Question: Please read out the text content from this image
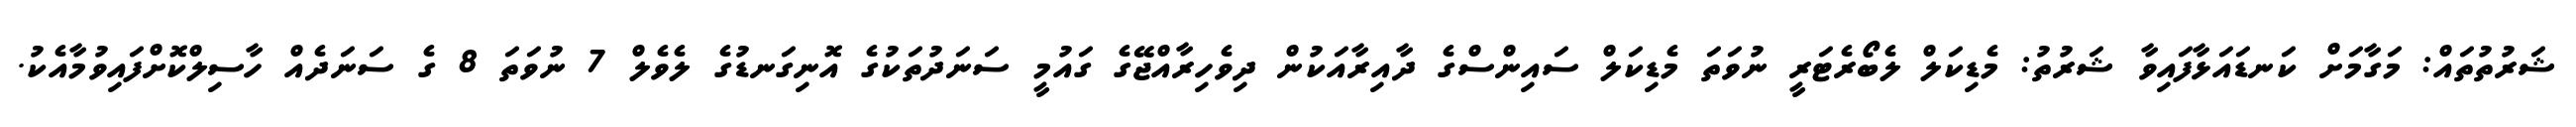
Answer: ޝަރުތުތައް: މަގާމަށް ކަނޑައަޅާފައިވާ ޝަރުތު: މެޑިކަލް ލެބޯރެޓަރީ ނުވަތަ މެޑިކަލް ސައިންސްގެ ދާއިރާއަކުން ދިވެހިރާއްޖޭގެ ގައުމީ ސަނަދުތަކުގެ އޮނިގަނޑުގެ ލެވެލް 7 ނުވަތަ 8 ގެ ސަނަދެއް ހާސިލްކޮށްފައިވުމާއެކު.